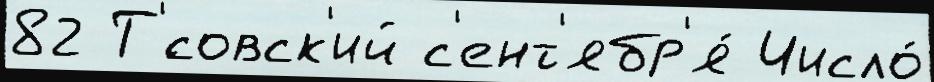
82 Т'́совск'ий с'ент'ябр'я́ Число́